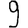
Digit: 9